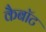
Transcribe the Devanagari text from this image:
कैबॉट